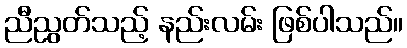
ညီညွတ်သည့် နည်းလမ်း ဖြစ်ပါသည်။